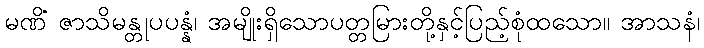
မဏိံ ဇာသိမန္တုပပန္နံ၊ အမျိုးရှိသောပတ္တမြားတို့နှင့်ပြည့်စုံထသော။ အာသနံ၊